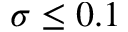
\sigma \leq 0 . 1